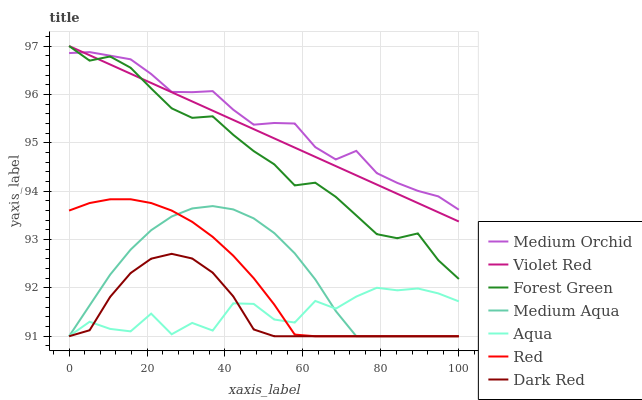
| xaxis_label | Medium Orchid | Violet Red | Forest Green | Medium Aqua | Aqua | Red | Dark Red |
 | --- | --- | --- | --- | --- | --- | --- | --- |
 | 0 | 96.9 | 97 | 97 | 91 | 91 | 93.6 | 91 |
 | 5.26 | 96.9 | 96.8 | 96.7 | 91.6 | 91.3 | 93.8 | 91.1 |
 | 10.5 | 96.8 | 96.6 | 96.8 | 92.3 | 91.2 | 93.8 | 91.8 |
 | 15.8 | 96.7 | 96.4 | 96.6 | 92.8 | 91.1 | 93.8 | 92.3 |
 | 21.1 | 96.4 | 96.2 | 96.1 | 93.2 | 91.5 | 93.8 | 92.6 |
 | 26.3 | 96.1 | 96 | 95.7 | 93.5 | 91 | 93.6 | 92.7 |
 | 31.6 | 96 | 95.9 | 95.5 | 93.6 | 91.3 | 93.4 | 92.6 |
 | 36.8 | 96.1 | 95.7 | 95.5 | 93.7 | 91.1 | 93.1 | 92.3 |
 | 42.1 | 95.7 | 95.5 | 95.2 | 93.6 | 91.7 | 92.7 | 91.8 |
 | 47.4 | 95.4 | 95.3 | 94.8 | 93.4 | 91.7 | 92.2 | 91.1 |
 | 52.6 | 95.4 | 95.1 | 94.6 | 93.1 | 91.3 | 91.7 | 91 |
 | 57.9 | 95.4 | 94.9 | 94.1 | 92.7 | 91.3 | 91 | 91 |
 | 63.2 | 94.9 | 94.7 | 94.2 | 92.2 | 91.7 | 91 | 91 |
 | 68.4 | 94.7 | 94.5 | 93.9 | 91.5 | 91.6 | 91 | 91 |
 | 73.7 | 94.8 | 94.3 | 93.5 | 91 | 91.8 | 91 | 91 |
 | 78.9 | 94.4 | 94.1 | 93.1 | 91 | 92 | 91 | 91 |
 | 84.2 | 94.2 | 93.9 | 93 | 91 | 91.9 | 91 | 91 |
 | 89.5 | 94 | 93.8 | 93.1 | 91 | 92 | 91 | 91 |
 | 94.7 | 93.9 | 93.6 | 92.6 | 91 | 91.9 | 91 | 91 |
 | 100 | 93.6 | 93.4 | 92.2 | 91 | 91.7 | 91 | 91 |